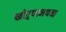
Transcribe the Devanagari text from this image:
खोऱ्याजवळ